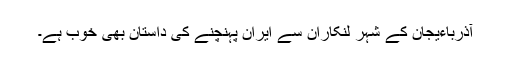
آذرباءیجان کے شہر لنکاران سے ایران پہنچنے کی داستان بھی خوب ہے۔